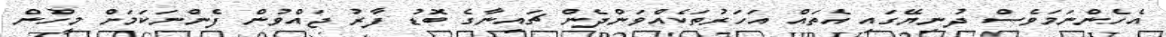
އެހެންނަމަވެސް ދުނިޔޭގައި އެތައް އަހަރުތަކެއްވަންދެން ޗައިނާގެ ބޮޑު ފާރު ޖައްވުން ފެންނަކަމަށް މީހުން